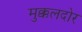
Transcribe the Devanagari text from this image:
मुक्कलदोर